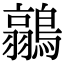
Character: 𮭐